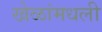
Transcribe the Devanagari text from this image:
खेळांमधली